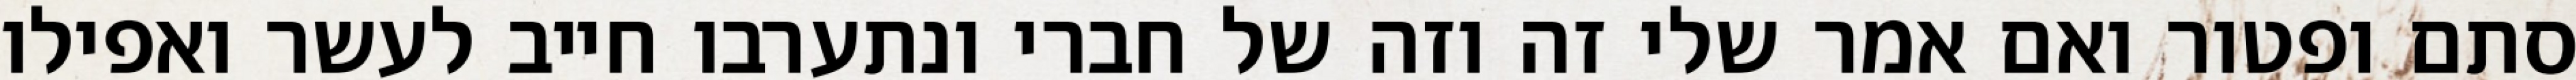
סתם ופטור ואם אמר שלי זה וזה של חברי ונתערבו חייב לעשר ואפילו